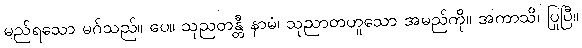
မည်ရသော မဂ်သည်။ ပေ။ သုညတန္တီ နာမံ၊ သုညာတဟူသော အမည်ကို။ အကာသိ၊ ပြုပြီ။